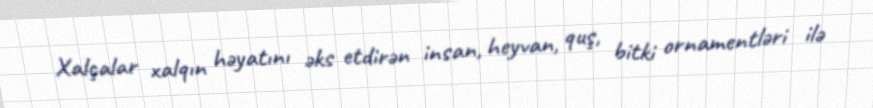
Xalçalar xalqın həyatını əks etdirən insan, heyvan, quş, bitki ornamentləri ilə